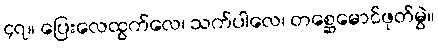
၄၇။ ပြေးလေထွက်လေ၊ သက်ပါလေ၊ တစ္ဆေမောင်ဖုတ်မွဲ။